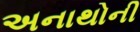
અનાથોની